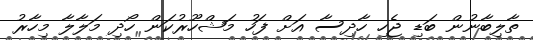
ތާލިބާނުން ބަޑި ޖެހި ހާދިސާ އަށް ފަހު މަޝްހޫރުކަން ހޯދި މަލާލާ މިހާރު